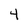
Character: 4